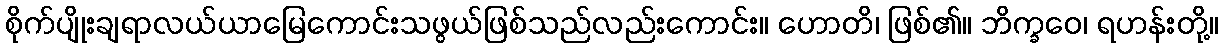
စိုက်ပျိုးချရာလယ်ယာမြေကောင်းသဖွယ်ဖြစ်သည်လည်းကောင်း။ ဟောတိ၊ ဖြစ်၏။ ဘိက္ခဝေ၊ ရဟန်းတို့။